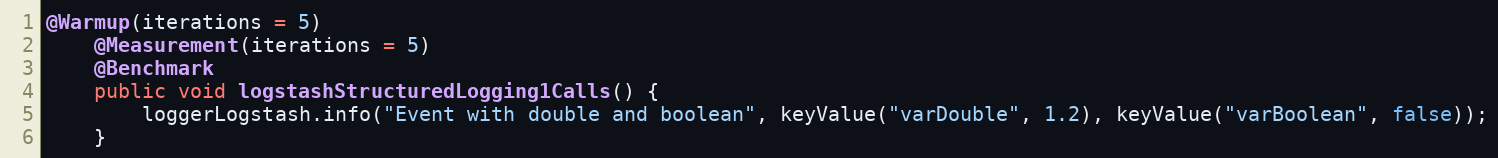
Language: Java
@Warmup(iterations = 5)
    @Measurement(iterations = 5)
    @Benchmark
    public void logstashStructuredLogging1Calls() {
        loggerLogstash.info("Event with double and boolean", keyValue("varDouble", 1.2), keyValue("varBoolean", false));
    }